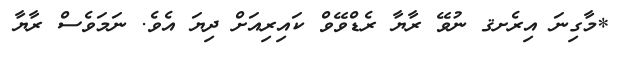
*މާގިނަ އިރެށޤ ނުވޭ ރާޔާ ރެޑްވޭވް ކައިރިއަށް ދިޔަ އެވެ. ނަމަވެސް ރާޔާ